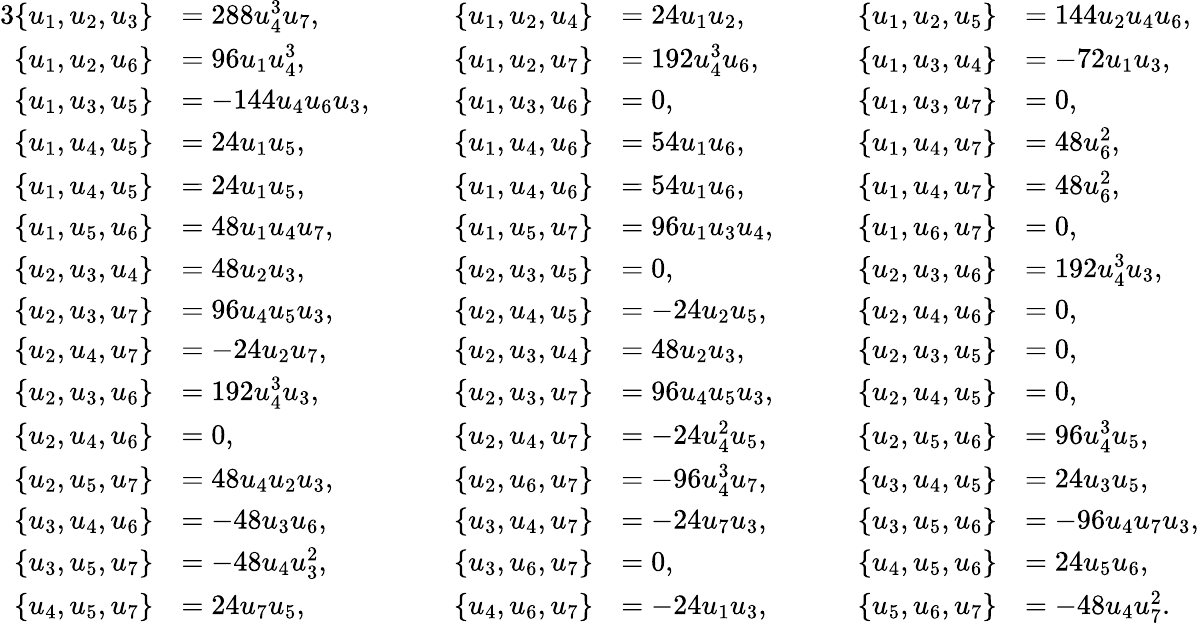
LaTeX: \begin{array}{rlrlrl}{{3}\{ u_{1},u_{2},u_{3}\} }&{=288u_{4}^{3}u_{7},}&{\qquad\{ u_{1},u_{2},u_{4}\} }&{=24u_{1}u_{2},}&{\qquad\{ u_{1},u_{2},u_{5}\} }&{=144u_{2}u_{4}u_{6},}\\ {\{ u_{1},u_{2},u_{6}\} }&{=96u_{1}u_{4}^{3},}&{\qquad\{ u_{1},u_{2},u_{7}\} }&{=192u_{4}^{3}u_{6},}&{\qquad\{ u_{1},u_{3},u_{4}\} }&{=-72u_{1}u_{3},}\\ {\{ u_{1},u_{3},u_{5}\} }&{=-144u_{4}u_{6}u_{3},}&{\qquad\{ u_{1},u_{3},u_{6}\} }&{=0,}&{\qquad\{ u_{1},u_{3},u_{7}\} }&{=0,}\\ {\{ u_{1},u_{4},u_{5}\} }&{=24u_{1}u_{5},}&{\qquad\{ u_{1},u_{4},u_{6}\} }&{=54u_{1}u_{6},}&{\qquad\{ u_{1},u_{4},u_{7}\} }&{=48u_{6}^{2},}\\ {\{ u_{1},u_{4},u_{5}\} }&{=24u_{1}u_{5},}&{\qquad\{ u_{1},u_{4},u_{6}\} }&{=54u_{1}u_{6},}&{\qquad\{ u_{1},u_{4},u_{7}\} }&{=48u_{6}^{2},}\\ {\{ u_{1},u_{5},u_{6}\} }&{=48u_{1}u_{4}u_{7},}&{\qquad\{ u_{1},u_{5},u_{7}\} }&{=96u_{1}u_{3}u_{4},}&{\qquad\{ u_{1},u_{6},u_{7}\} }&{=0,}\\ {\{ u_{2},u_{3},u_{4}\} }&{=48u_{2}u_{3},}&{\qquad\{ u_{2},u_{3},u_{5}\} }&{=0,}&{\qquad\{ u_{2},u_{3},u_{6}\} }&{=192u_{4}^{3}u_{3},}\\ {\{ u_{2},u_{3},u_{7}\} }&{=96u_{4}u_{5}u_{3},}&{\qquad\{ u_{2},u_{4},u_{5}\} }&{=-24u_{2}u_{5},}&{\qquad\{ u_{2},u_{4},u_{6}\} }&{=0,}\\ {\{ u_{2},u_{4},u_{7}\} }&{=-24u_{2}u_{7},}&{\qquad\{ u_{2},u_{3},u_{4}\} }&{=48u_{2}u_{3},}&{\qquad\{ u_{2},u_{3},u_{5}\} }&{=0,}\\ {\{ u_{2},u_{3},u_{6}\} }&{=192u_{4}^{3}u_{3},}&{\qquad\{ u_{2},u_{3},u_{7}\} }&{=96u_{4}u_{5}u_{3},}&{\qquad\{ u_{2},u_{4},u_{5}\} }&{=0,}\\ {\{ u_{2},u_{4},u_{6}\} }&{=0,}&{\qquad\{ u_{2},u_{4},u_{7}\} }&{=-24u_{4}^{2}u_{5},}&{\qquad\{ u_{2},u_{5},u_{6}\} }&{=96u_{4}^{3}u_{5},}\\ {\{ u_{2},u_{5},u_{7}\} }&{=48u_{4}u_{2}u_{3},}&{\qquad\{ u_{2},u_{6},u_{7}\} }&{=-96u_{4}^{3}u_{7},}&{\qquad\{ u_{3},u_{4},u_{5}\} }&{=24u_{3}u_{5},}\\ {\{ u_{3},u_{4},u_{6}\} }&{=-48u_{3}u_{6},}&{\qquad\{ u_{3},u_{4},u_{7}\} }&{=-24u_{7}u_{3},}&{\qquad\{ u_{3},u_{5},u_{6}\} }&{=-96u_{4}u_{7}u_{3},}\\ {\{ u_{3},u_{5},u_{7}\} }&{=-48u_{4}u_{3}^{2},}&{\qquad\{ u_{3},u_{6},u_{7}\} }&{=0,}&{\qquad\{ u_{4},u_{5},u_{6}\} }&{=24u_{5}u_{6},}\\ {\{ u_{4},u_{5},u_{7}\} }&{=24u_{7}u_{5},}&{\qquad\{ u_{4},u_{6},u_{7}\} }&{=-24u_{1}u_{3},}&{\qquad\{ u_{5},u_{6},u_{7}\} }&{=-48u_{4}u_{7}^{2}.}\end{array}